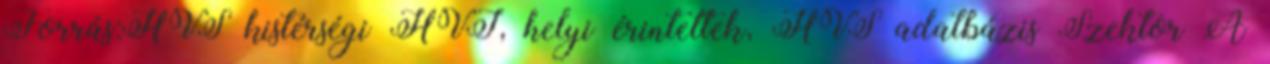
Forrás:HVS kistérségi HVI, helyi érintettek, HVS adatbázis Szektor A